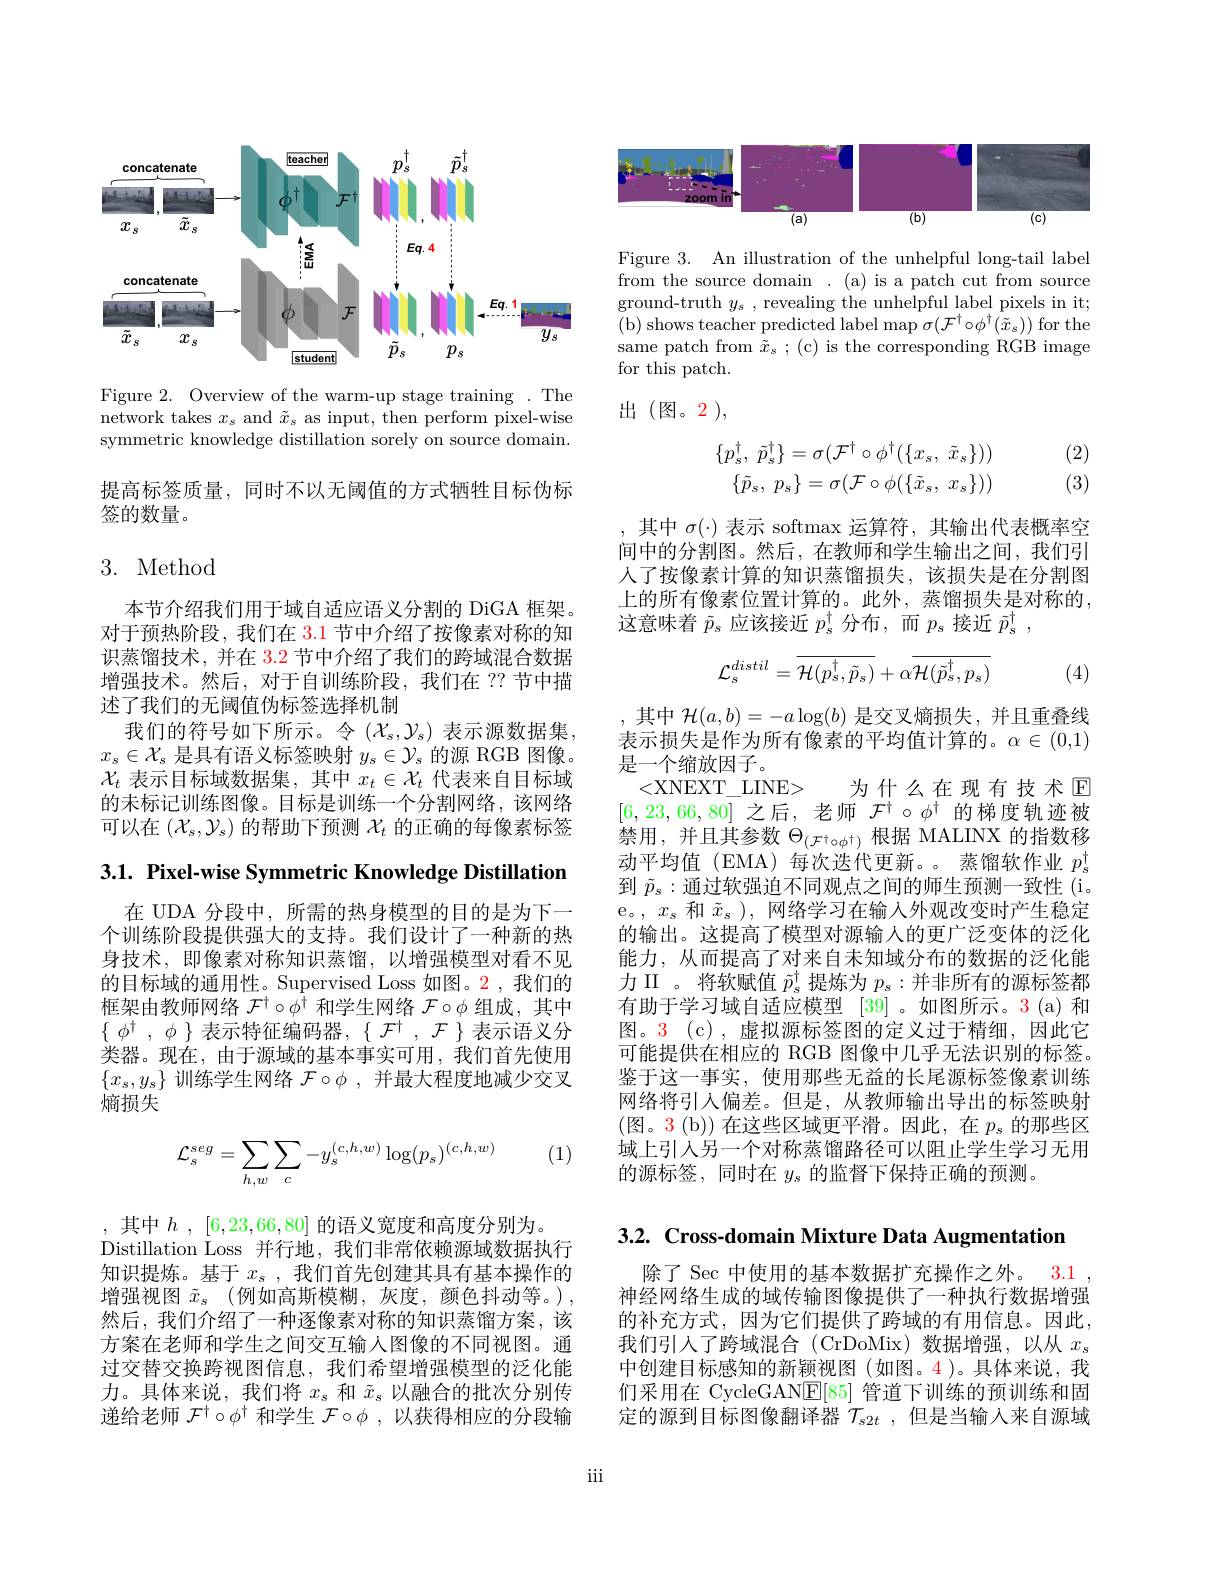
<FigureHere>

Figure 2. Overview of the warm-up stage training .The network takes $x_s$ and $\tilde{x}_s$ as input, then perform pixel-wise symmetric knowledge distillation sorely on source domain.

提高标签质量，同时不以无阈值的方式牺牲目标伪标
签的数量。

# 3. Method

本节介绍我们用于域自适应语义分割的 DiGA 框架。对于预热阶段，我们在 3.1 节中介绍了按像素对称的知识蒸馏技术，并在$\color{red}{3.2}$节中介绍了我们的跨域混合数据增强技术。然后，对于自训练阶段，我们在 ??节中描述了我们的无阈值伪标签选择机制
我们的符号如下所示。令($\mathcal{X}_s,\mathcal{Y}_s)$表示源数据集， $x_s\in\mathcal{X}_s$是具有语义标签映射$y_s\in\mathcal{Y}_s$的源 RGB 图像。$\mathcal{X}_t$表示目标域数据集，其中$x_t\in\mathcal{X}_t$代表来自目标域的未标记训练图像。目标是训练一个分割网络，该网络可以在$(\mathcal{X}_s,\mathcal{Y}_s)$的帮助下预测$\mathcal{X}_t$的正确的每像素标签

3.1. Pixel-wise Symmetric Knowledge Distillation

在 UDA 分段中，所需的热身模型的目的是为下一个训练阶段提供强大的支持。我们设计了一种新的热身技术，即像素对称知识蒸馏，以增强模型对看不见的目标域的通用性。Supervised Loss 如图。2,我们的框架由教师网络$\mathcal{F}^\dagger\circ\phi^\dagger$和学生网络$\mathcal{F}\circ\phi$组成，其中$\{$ $\phi ^\dagger$ , $\phi$ $\}$ 表示特征编码器，$\{$ $\mathcal{F} ^\dagger$ , $\mathcal{F} \}$ 表示语义分类器。现在，由于源域的基本事实可用，我们首先使用$\{x_s,y_s\}$训练学生网络$\mathcal{F}\circ\phi$,并最大程度地减少交叉熵损失

(1)
$$\mathcal{L}_s^{seg}=\sum\limits_{h,w}\sum\limits_{c}-y_s^{(c,h,w)}\log(p_s)^{(c,h,w)}$$
,其中$h,[6,23,66,80]$ 的语义宽度和高度分别为。
Distillation Loss 并行地，我们非常依赖源域数据执行知识提炼。基于$x_s$,我们首先创建其具有基本操作的增强视图 $\tilde{x} _s$ (例如高斯模糊，灰度，颜色抖动等。), 然后，我们介绍了一种逐像素对称的知识蒸馏方案，该方案在老师和学生之间交互输人图像的不同视图。通过交替交换跨视图信息，我们希望增强模型的泛化能力。具体来说，我们将$x_s$和$\tilde{x}_s$以融合的批次分别传递给老师$\mathcal{F}^\dagger\circ\phi^\dagger$和学生$\mathcal{F}\circ\phi$ ,以获得相应的分段输

<FigureHere>

Figure 3. An illustration of the unhelpful long-tail label from the source domain. (a) is a patch cut from source ground-truth $y_s$ , revealing the unhelpful label pixels in it; ( b) shows teacher predicted label map $\sigma ( \mathcal{F} ^{\dagger }\circ \phi ^{\dagger }( \tilde{x} _{s}) )$ for the same patch from $\tilde{\tilde{x}}_{s}$ ; (c) is the corresponding RGB image for this patch.

出(图。2),
$$\begin{aligned}\{p_s^\dagger,\:\tilde{p}_s^\dagger\}&=\sigma(\mathcal{F}^\dagger\circ\phi^\dagger(\{x_s,\:\tilde{x}_s\}))\\\{\tilde{p}_s,\:p_s\}&=\sigma(\mathcal{F}\circ\phi(\{\tilde{x}_s,\:x_s\}))\end{aligned}$$
(2) (3)

其中$\sigma(\cdot)$表示 softmax 运算符，其输出代表概率空间中的分割图。然后，在教师和学生输出之间，我们引人了按像素计算的知识蒸馏损失，该损失是在分割图上的所有像素位置计算的。此外，蒸馏损失是对称的， 这意味着$\tilde{p}_s$应该接近$p_s^\dagger$分布，而$p_s$接近$\tilde{p}_s^\dagger$,

(4)
$$\mathcal{L}_{s}^{distil}=\overline{\mathcal{H}(p_{s}^{\dagger},\tilde{p}_{s})}+\alpha\overline{\mathcal{H}(\tilde{p}_{s}^{\dagger},p_{s})}$$
其中$\mathcal{H}(a,b)=-a\log(b)$是交叉熵损失，并且重叠线表示损失是作为所有像素的平均值计算的。$\alpha\in(0,1)$ 是一个缩放因子。
<XNEXT\_LINE>
为什么在现有技术$\mathbb{E}$
[6,23,66,80]之后，老师$\mathcal{F}^\dagger\circ\phi^\dagger$的梯度轨迹被$\dot{\text{禁用，并且其参数 }\Theta}_{(\mathcal{F}^\dagger\circ\phi^\dagger)}$根据 MALINX 的指数移动平均值(EMA)每次迭代更新。蒸馏软作业$p_s^\dagger$ 到 $\tilde{p}_s:$通过软强迫不同观点之间的师生预测一致性(i。e。, $x_s$和$\tilde{x}_s)$,网络学习在输人外观改变时产生稳定的输出。这提高了模型对源输人的更广泛变体的泛化能力，从而提高了对来自未知域分布的数据的泛化能力 II 。将软赋值$\tilde{p}_s^\dagger$提炼为$p_s:$并非所有的源标签都有助于学习域自适应模型 [39] 。如图所示。3(a) 和图。3 (c),虚拟源标签图的定义过于精细，因此它可能提供在相应的 RGB 图像中几乎无法识别的标签。鉴于这一事实，使用那些无益的长尾源标签像素训练网络将引入偏差。但是，从教师输出导出的标签映射(图。3 (b)) 在这些区域更平滑。因此，在 $p_s$ 的那些区域上引人另一个对称蒸馏路径可以阻止学生学习无用的源标签，同时在$y_s$的监督下保持正确的预测。

3.2. Cross-domain Mixture Data Augmentation

除了 Sec 中使用的基本数据扩充操作之外。3.1神经网络生成的域传输图像提供了一种执行数据增强的补充方式，因为它们提供了跨域的有用信息。因此， 我们引人了跨域混合(CrDoMix)数据增强，以从$x_s$ 中创建目标感知的新颖视图(如图。4)。具体来说，我们采用在 CycleGAN$\mathbb{E}[85]$管道下训练的预训练和固定的源到目标图像翻译器$\mathcal{T}_{s2t}$ ,但是当输入来自源域

iii